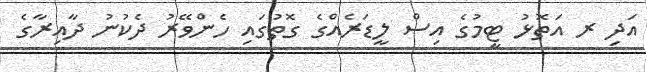
އަދި ރ އަތޮޅު ޓީމުގެ އިސް ލީޑަރެއްގެ ގޮތުގައި ހެންވޭރު ދެކުނު ދާއިރާގެ